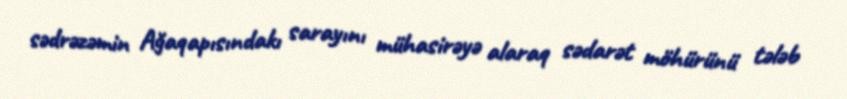
sədrəzəmin Ağaqapısındakı sarayını mühasirəyə alaraq sədarət möhürünü tələb